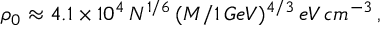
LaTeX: \rho _ { 0 } \approx 4 . 1 \times 1 0 ^ { 4 } \, N ^ { 1 / 6 } \, ( M / 1 \, G e V ) ^ { 4 / 3 } \, e V \, c m ^ { - 3 } \, ,